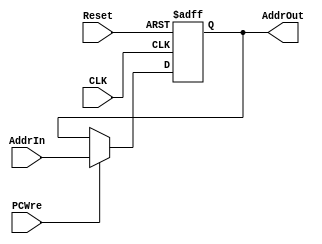
`timescale 1ns / 1ps
//////////////////////////////////////////////////////////////////////////////////
// Company: 
// Engineer: 
// 
// Design Name: 
// Module Name: PC
// Project Name: 
// Target Devices: 
// Tool Versions: 
// Description: 
// 
// Dependencies: 
// 
// Revision:
// Revision 0.01 - File Created
// Additional Comments:
// 
//////////////////////////////////////////////////////////////////////////////////


module PC(
    input CLK,
    input Reset,
    input PCWre,
    input[31:0] AddrIn,
    output reg[31:0] AddrOut
    );
    //initially PC is 0
    initial
    begin
        AddrOut = 0;
    end    
    //each time when Reset is 1 or CLK posedge comes
    always@(posedge CLK or posedge Reset)
    begin
        if(Reset)
        begin
            AddrOut = 0;
        end
        else if(PCWre)
        begin
            AddrOut = AddrIn;
        end
    end
endmodule